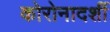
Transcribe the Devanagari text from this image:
कोरोनादर्शी